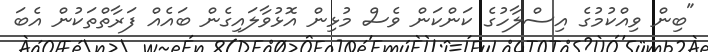
"ބިން ވިއްކުމުގެ އިސްލާހުގެ ކަންކަން ވެސް މުޅިން އޮޅުވާލައިގެން ބައެއް ފަރާތްތަކުން އެބަ